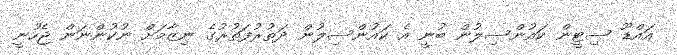
އައްޑޫ ސިޓީން ކައުންސިލުން ބުނީ އެ ކައުންސިލުން ދަތުރުފަތުރުގެ ނިޒާމަށް ނުކުންނަން ޖެހުނީ